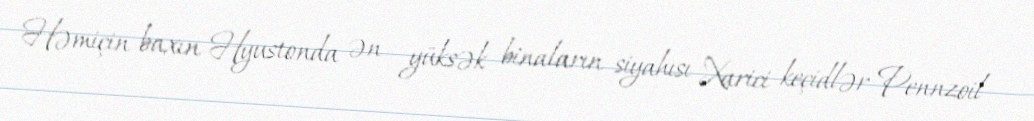
Həmiçin baxın Hyustonda ən yüksək binaların siyahısı Xarici keçidlər Pennzoil